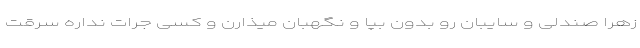
زهرا صندلی و سایبان رو بدون بپا و نگهبان میذارن و کسی جرات نداره سرقت